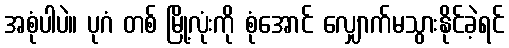
အစုံပါပဲ။ ပုဂံ တစ် မြို့လုံးကို စုံအောင် လျှောက်မသွားနိုင်ခဲ့ရင်